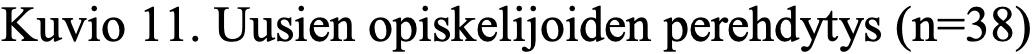
Kuvio 11. Uusien opiskelijoiden perehdytys (n=38)